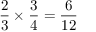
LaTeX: { \frac { 2 } { 3 } } \times { \frac { 3 } { 4 } } = { \frac { 6 } { 1 2 } }